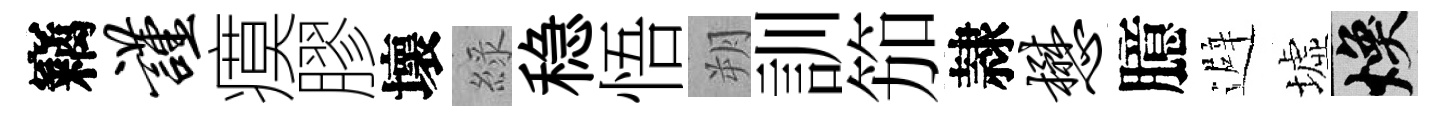
竊谨瘼膠壞綠稳悟朔訓笳隷懋臆避墟焕